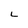
Character: L